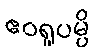
ဧဝရူပမ္ပိ